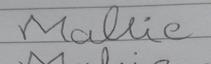
Signature authenticity: forged